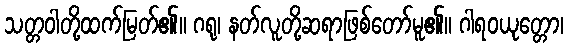
သတ္တဝါတို့ထက်မြတ်၏။ ဂရု၊ နတ်လူတို့ဆရာဖြစ်တော်မူ၏။ ဂါရဝယုတ္တော၊